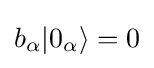
b_{\alpha }|0_{\alpha }\rangle =0